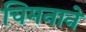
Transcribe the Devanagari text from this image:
चिमनाने